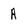
Character: A